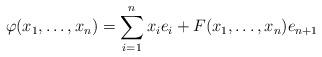
LaTeX: \begin{align*}\varphi(x_1,\ldots,x_n)=\sum_{i=1}^n x_i e_i+F(x_1,\ldots,x_n)e_{n+1}\end{align*}